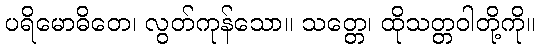
ပရိမောဓိတေ၊ လွတ်ကုန်သော။ သတ္တေ၊ ထိုသတ္တဝါတို့ကို။